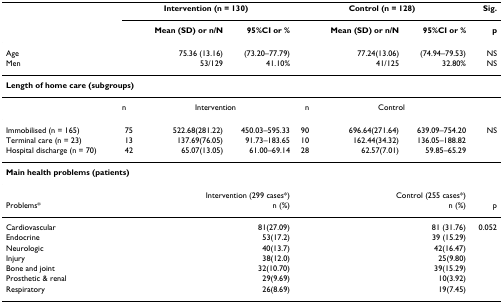
<table><thead><tr><td></td><td colspan="3"><b>Intervention (n = 130)</b></td><td colspan="3"><b>Control (n = 128)</b></td><td><b>Sig.</b></td></tr><tr><td></td><td></td><td><b>Mean (SD) or n/N</b></td><td><b>95%CI or %</b></td><td></td><td><b>Mean (SD) or n/N</b></td><td><b>95%CI or %</b></td><td><b>p</b></td></tr></thead><tbody><tr><td>Age</td><td></td><td>75.36 (13.16)</td><td>(73.20–77.79)</td><td></td><td>77.24(13.06)</td><td>(74.94–79.53)</td><td>NS</td></tr><tr><td>Men</td><td></td><td>53/129</td><td>41.10%</td><td></td><td>41/125</td><td>32.80%</td><td>NS</td></tr><tr><td colspan="8"><b>Length of home care (subgroups)</b></td></tr><tr><td></td><td>n</td><td colspan="2">Intervention</td><td>n</td><td colspan="2">Control</td><td></td></tr><tr><td>Immobilised (n = 165)</td><td>75</td><td>522.68(281.22)</td><td>450.03–595.33</td><td>90</td><td>696.64(271.64)</td><td>639.09–754.20</td><td>NS</td></tr><tr><td>Terminal care (n = 23)</td><td>13</td><td>137.69(76.05)</td><td>91.73–183.65</td><td>10</td><td>162.44(34.32)</td><td>136.05–188.82</td><td></td></tr><tr><td>Hospital discharge (n = 70)</td><td>42</td><td>65.07(13.05)</td><td>61.00–69.14</td><td>28</td><td>62.57(7.01)</td><td>59.85–65.29</td><td></td></tr><tr><td colspan="8"><b>Main health problems (patients)</b></td></tr><tr><td></td><td colspan="3">Intervention (299 cases*)</td><td colspan="3">Control (255 cases*)</td><td></td></tr><tr><td>Problems*</td><td colspan="3">n (%)</td><td colspan="3">n (%)</td><td>p</td></tr><tr><td>Cardiovascular</td><td colspan="3">81(27.09)</td><td colspan="3">81 (31.76)</td><td>0.052</td></tr><tr><td>Endocrine</td><td colspan="3">53(17.2)</td><td colspan="3">39 (15.29)</td><td></td></tr><tr><td>Neurologic</td><td colspan="3">40(13.7)</td><td colspan="3">42(16.47)</td><td></td></tr><tr><td>Injury</td><td colspan="3">38(12.0)</td><td colspan="3">25(9.80)</td><td></td></tr><tr><td>Bone and joint</td><td colspan="3">32(10.70)</td><td colspan="3">39(15.29)</td><td></td></tr><tr><td>Prosthetic &amp; renal</td><td colspan="3">29(9.69)</td><td colspan="3">10(3.92)</td><td></td></tr><tr><td>Respiratory</td><td colspan="3">26(8.69)</td><td colspan="3">19(7.45)</td><td></td></tr></tbody></table>